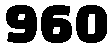
960